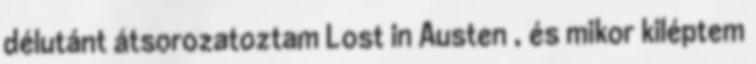
délutánt átsorozatoztam Lost in Austen , és mikor kiléptem